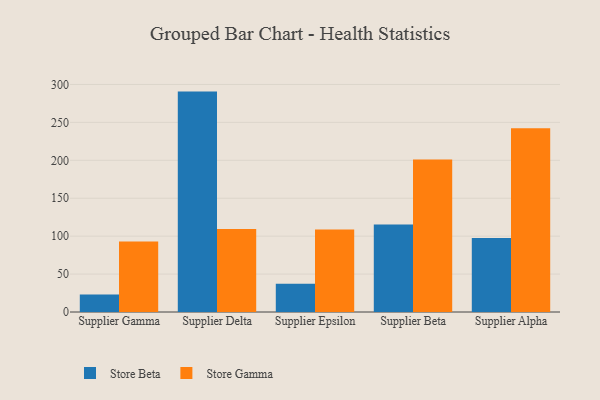
{"axis": {"x": "Supplier", "y": "Waste Production (Tons)"}, "legend": ["Store Beta", "Store Gamma"], "data": [{"x": "Supplier Gamma", "y": 23.1, "type": "Store Beta"}, {"x": "Supplier Gamma", "y": 93.0, "type": "Store Gamma"}, {"x": "Supplier Delta", "y": 290.6, "type": "Store Beta"}, {"x": "Supplier Delta", "y": 109.3, "type": "Store Gamma"}, {"x": "Supplier Epsilon", "y": 37.3, "type": "Store Beta"}, {"x": "Supplier Epsilon", "y": 108.9, "type": "Store Gamma"}, {"x": "Supplier Beta", "y": 115.4, "type": "Store Beta"}, {"x": "Supplier Beta", "y": 201.2, "type": "Store Gamma"}, {"x": "Supplier Alpha", "y": 97.7, "type": "Store Beta"}, {"x": "Supplier Alpha", "y": 242.3, "type": "Store Gamma"}]}